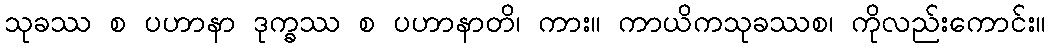
သုခဿ စ ပဟာနာ ဒုက္ခဿ စ ပဟာနာတိ၊ ကား။ ကာယိကသုခဿစ၊ ကိုလည်းကောင်း။